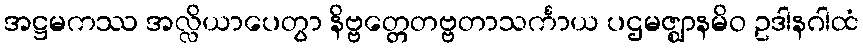
အဋ္ဌမကဿ အလ္လိယာပေတွာ နိဗ္ဗတ္တေတဗ္ဗတာသင်္ကာယ ပဌမဇ္ဈာနမိဝ ဥဒါနဂါထံ